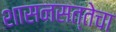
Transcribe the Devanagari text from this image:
शासनसत्तेचा